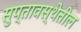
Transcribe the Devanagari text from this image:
सुप्तावस्थेतील